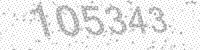
Solution: 105343